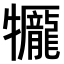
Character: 𤜎